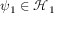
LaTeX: \psi _ { 1 } \in { \mathcal { H } } _ { 1 }